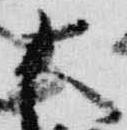
大